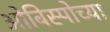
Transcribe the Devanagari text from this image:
ओबिस्पोच्या